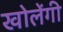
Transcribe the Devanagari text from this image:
खोलेंगी